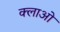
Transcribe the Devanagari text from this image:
क्लाओ